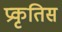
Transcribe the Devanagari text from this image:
प्रकृतिस